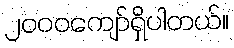
၂၀၀၀ကျော်ရှိပါတယ်။